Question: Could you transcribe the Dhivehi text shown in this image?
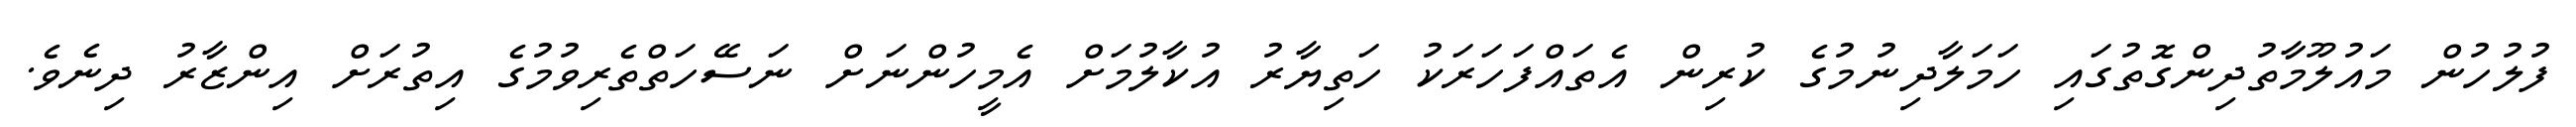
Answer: ފުލުހުން މައުލޫމާތުދިންގޮތުގައި ހަމަލާދިނުމުގެ ކުރިން އެތައްފަހަރަކު ހަތިޔާރު އުކާލުމަށް އެމީހުންނަށް ނަސޭހަތްތެރިވުމުގެ އިތުރަށް އިންޒާރު ދިނެވެ.